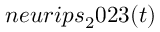
n e u r i p s _ { 2 } 0 2 3 ( t )